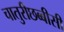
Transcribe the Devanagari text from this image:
चातुरीछब्बीसी